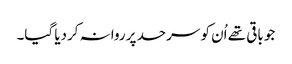
جو باقی تھے اُن کو سرحد پر روانہ کردیا گیا۔